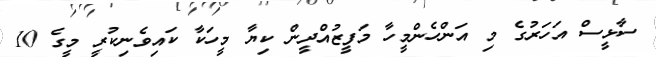
ސާޅީސް އަހަރުގެ މި އަންހެންމީހާ މަފީޒުއްދީން ކިޔާ މީހަކާ ކައިވެނިކުރީ މީގެ 10